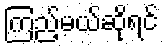
ကြည့်မယ်ဆိုရင်